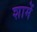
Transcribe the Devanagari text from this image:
शामें